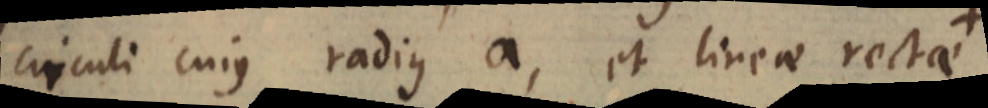
circuli cujus radius a, et lineae rectae